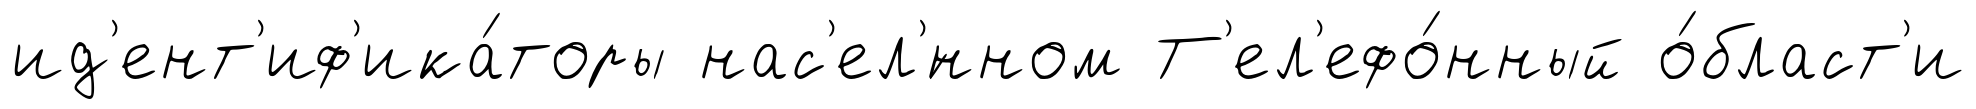
ид'ент'иф'ика́торы нас'ел'́нном Т'ел'ефо́нный о́бласт'и